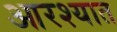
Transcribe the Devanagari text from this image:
आरश्यात